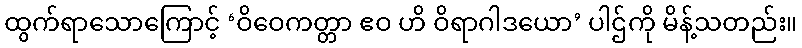
ထွက်ရာသောကြောင့် ‘ဝိဝေကတ္တာ ဧဝ ဟိ ဝိရာဂါဒယော’ ပါဌ်ကို မိန့်သတည်း။